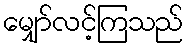
မျှော်လင့်ကြသည်